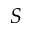
S